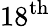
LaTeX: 18^{\mathrm{th}}